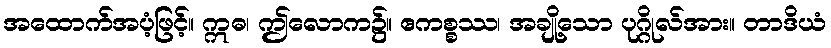
အထောက်အပံ့ဖြင့်။ ဣဓ၊ ဤလောက၌။ ဧကစ္စဿ၊ အချို့သော ပုဂ္ဂိုလ်အား။ တာဒိယံ